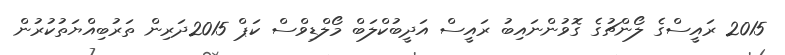
2015 ރައީސްގެ ލޯންޗުގެ ގޮވުންނައިބު ރައީސް އަދީބުކްލަބް މޯލްޑިވްސް ކަޕް 2015ދަރިން ތަރުބިއްޔަތުކުރުން